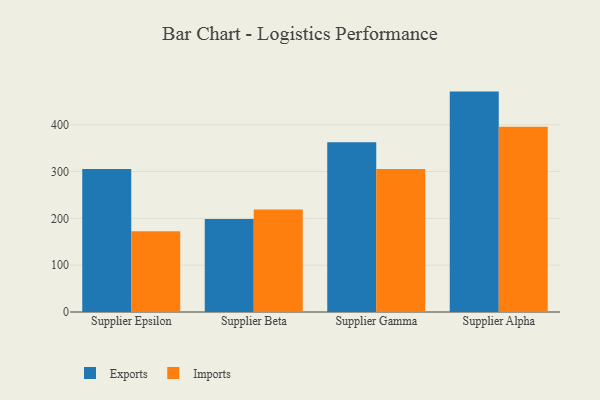
{"axis": {"x": "Supplier", "y": "Churn Rate (%)"}, "legend": ["Exports", "Imports"], "data": [{"x": "Supplier Epsilon", "y": 305.3, "type": "Exports"}, {"x": "Supplier Epsilon", "y": 172.7, "type": "Imports"}, {"x": "Supplier Beta", "y": 198.6, "type": "Exports"}, {"x": "Supplier Beta", "y": 219.2, "type": "Imports"}, {"x": "Supplier Gamma", "y": 362.5, "type": "Exports"}, {"x": "Supplier Gamma", "y": 305.5, "type": "Imports"}, {"x": "Supplier Alpha", "y": 470.9, "type": "Exports"}, {"x": "Supplier Alpha", "y": 395.8, "type": "Imports"}]}